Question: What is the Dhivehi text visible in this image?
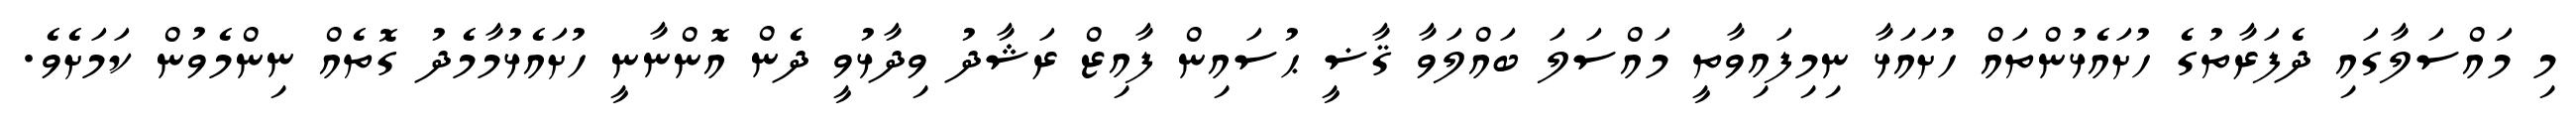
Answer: މި މައްސަލާގައި ދެފަރާތުގެ ހުށައެޅުންތައް ހުށައަޅާ ނިމިފައިވާތީ މައްސަލަ ބައްލަވާ ޤާޟީ ޙުސައިން ފާއިޒް ރަޝާދު ވިދާޅުވީ ދެން އޮންނާނީ ހުށައެޅުމާމެދު ގޮތެއް ނިންމެވުން ކަމަށެވެ.